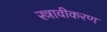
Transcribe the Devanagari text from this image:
स्त्रावीकरण